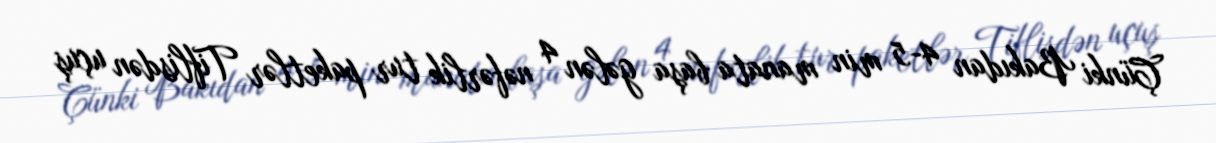
Çünki Bakıdan 4-5 min manata başa gələn 4 nəfərlik tur paketlər Tiflisdən uçuş